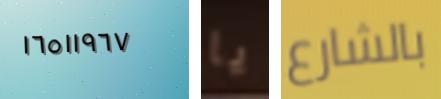
١٦٥١١٩٦٧ يا بالشارع